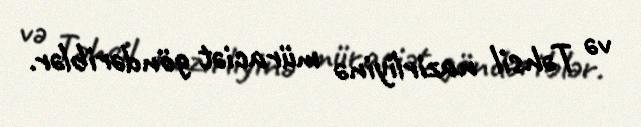
və Təhsil nazirliyinə müraciət göndəriblər.